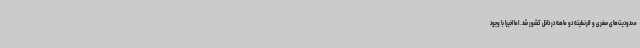
محدودیت‌های سفری و قرنطینه دو ماهه در داخل کشور شد. اما اخیرا با وجود